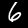
Digit: 6